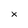
Character: x